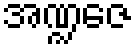
အဏ္ဍဇေ